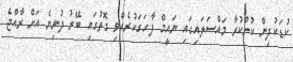
ކުޑަކުދިން ކުށްކުރާ މައްސަލައިގައި ނައީމް ފާހަގަކުރެއްވި ގޮތުގައި ބޭރު ދުނިޔެ އަށް ރާއްޖެ